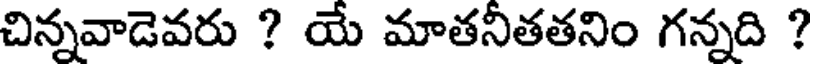
చిన్నవాడెవరు ? యే మాతనితతనిం గన్నది ?